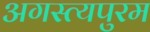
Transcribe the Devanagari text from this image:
अगस्त्यपुरम